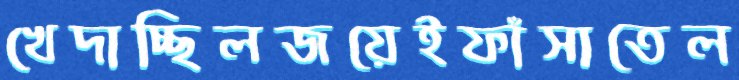
খেদাচ্ছিলজয়েইফাঁসাতেল